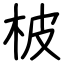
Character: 柀